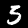
Digit: 5